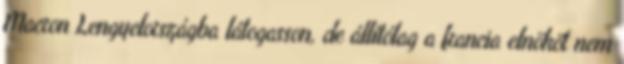
Macron Lengyelországba látogasson, de állítólag a francia elnököt nem